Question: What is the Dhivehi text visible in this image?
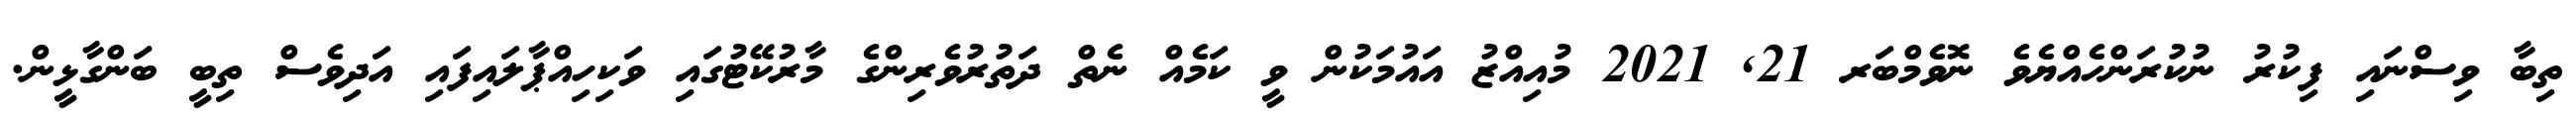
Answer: ތިބާ ވިސްނައި ފިކުރު ނުކުރަންހެއްޔެވެ ނޮވެމްބަރ 21, 2021 މުއިއްޒު އައުމަކުން ވީ ކަމެއް ނެތް ދަތުރުވެރިންގެ މާރުކޭޓުގައި ވަކިހިއްޕާލައިފައި އަދިވެސް ތިބީ ބަންގާޅީން.